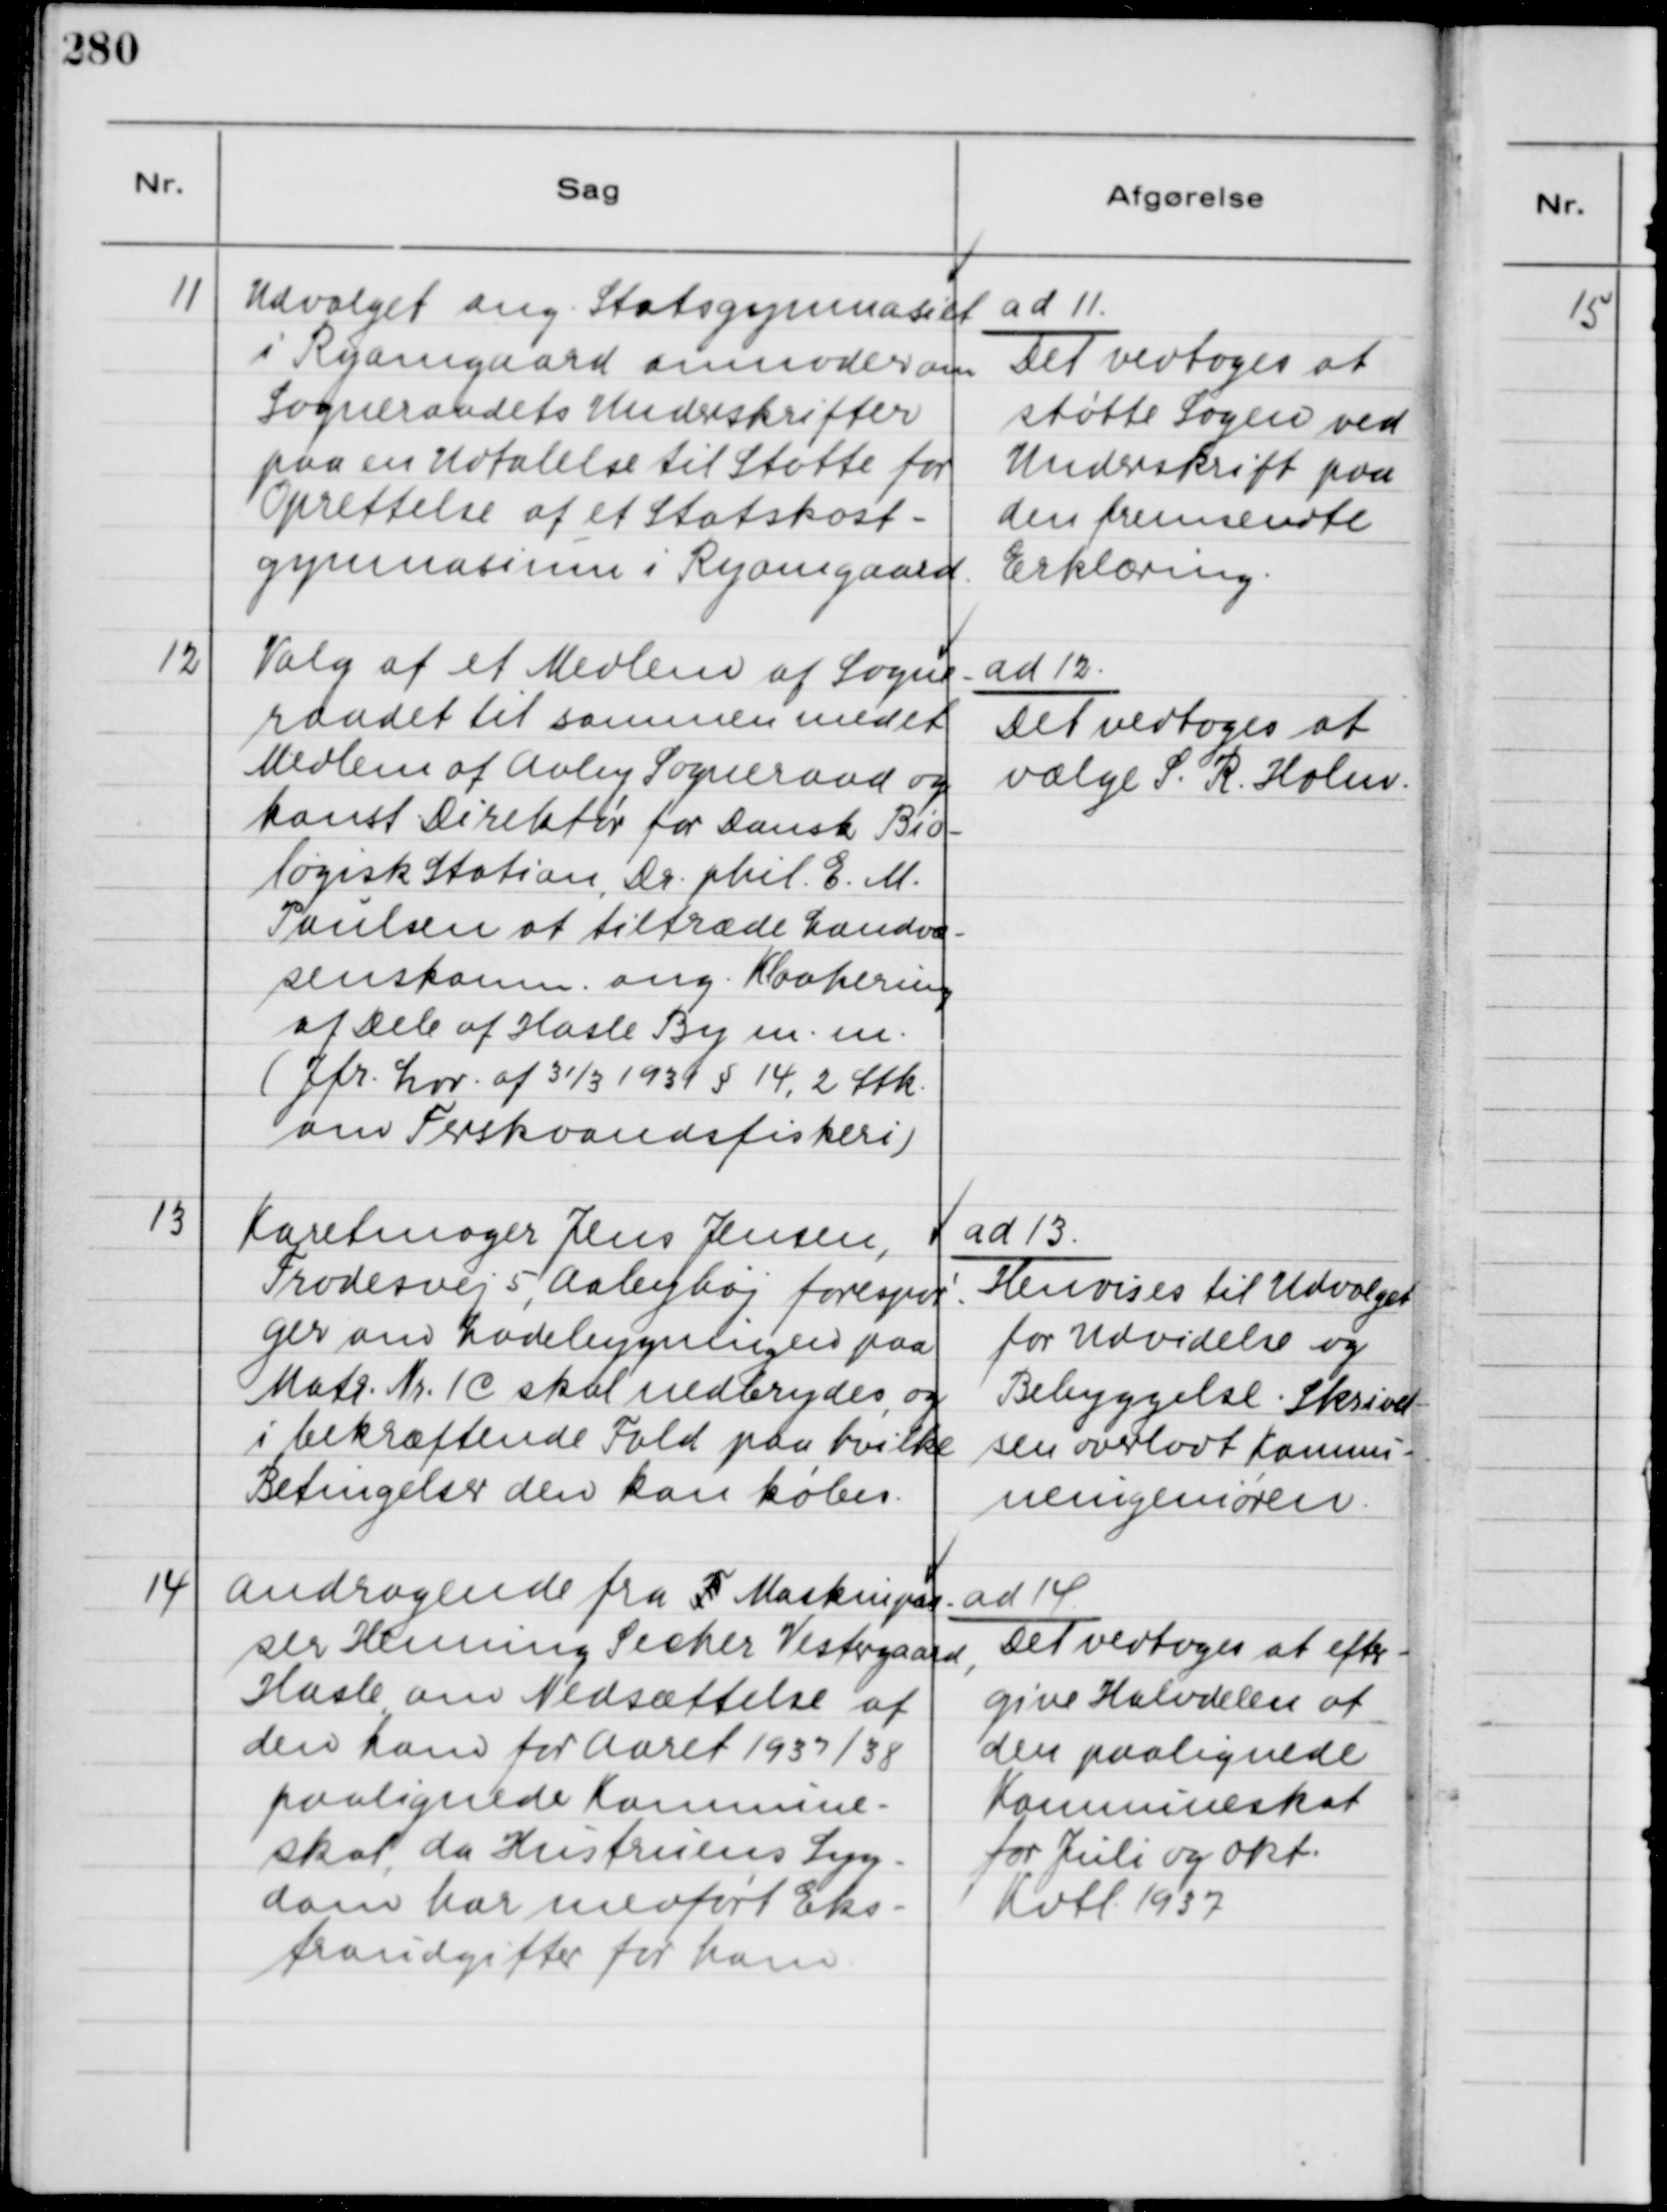
Transskription:
11
Udvalget ang. Statsgymnasiet
i Ryomgaard anmoder om
Sogneraadets Underskrifter
paa en Udtalelse til Støtte for
Oprettelse af ef Statskost-
gymnasium i Ryomgaard

ad 11.
Det vedtoges at
støtte Sagen ved
Underskrift paa
den fremsendte
Erklæring.

12
Valg af et Medlem af Sogne-
raadet til sammen med et
Medlem af Aaby Sogneraad og
kanst Direktør for Dansk Bio-
logisk Station, Dr. phil. E. M.
Paulsen at tiltræde Landvæ-
senskomn. ang. Kloakering
af dele af Hasle By m. m.
( Jfr. Lov. af 31/3 1931 § 14, 2 Stk.
om Ferskvandsfiskeri )

ad 12.
Det vedtoges at
vælge S. R. Holm.

13
Karetmager Jens Jensen,
Frodesvej 5, Aabyhøj forespør-
ger om Ladebygningen paa
Matr. Nr. 1 c skal nedbrydes, og
i bekræftende Fald paa hvilke
Betingelser den kan købes.

ad 13.
Henvises til Udvalget
for Udvidelse og
Belyggelse. Skrivel-
sen overladt Kommu-
neingeniøren.

14
Andragende fra F Markinpas-
ser Henning Secher Vestergaard,
Hasle, om Nedsættelse af
den ham for Aaret 1937/38
paalignede Komnune-
skat, da Hustruens Syg-
dom har medført Eks-
traudgifter for ham.

ad 14
Det vedtoges at efter-
give Halvdelen af
den paalignede
Komnuneskat
for Juli og Okt.
Kvtl. 1937